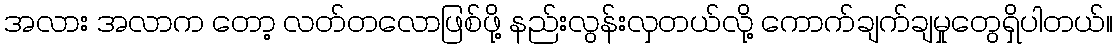
အလား အလာက တော့ လတ်တလောဖြစ်ဖို့ နည်းလွန်းလှတယ်လို့ ကောက်ချက်ချမှုတွေရှိပါတယ်။